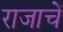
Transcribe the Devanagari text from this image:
राजाचें